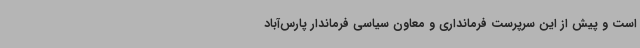
است و پیش از این سرپرست فرمانداری و معاون سیاسی فرماندار پارس‌آباد